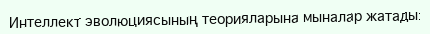
Интеллект эволюциясының теорияларына мыналар жатады: